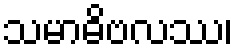
သမာဓိဗလဿ၊